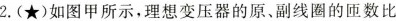
2.(★)如图甲所示，理想变压器的原、副线圈的匝数比